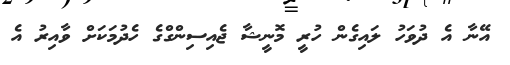
އޭނާ އެ ދުވަހު ލައިގެން ހުރީ މޮނީޝާ ޖެއިސިންގްގެ ހެދުމަކަށް ވާއިރު އެ